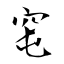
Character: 窀